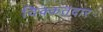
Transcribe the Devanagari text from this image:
दिक्कतदार